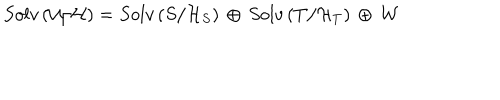
LaTeX: S o l v \left( { \cal U } / { \cal H } \right) = S o l v \left( { S } / { \cal H } _ { S } \right) \, \oplus \, S o l v \left( { T } / { \cal H } _ { T } \right) \, \oplus \, { \cal W }